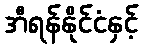
အီရန်နိုင်ငံနှင့်